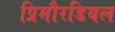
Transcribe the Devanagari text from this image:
प्रिमौरडियल